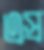
এস্র